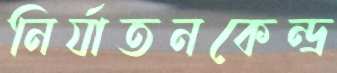
নির্যাতনকেন্দ্র